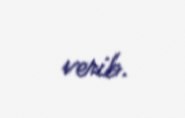
verib.